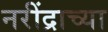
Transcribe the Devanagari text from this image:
नरींद्राच्या